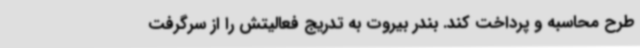
طرح محاسبه و پرداخت کند. بندر بیروت به تدریج فعالیتش را از سرگرفت